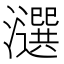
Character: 𤂿